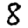
Digit: 8